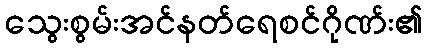
သွေးစွမ်းအင်နတ်ရေစင်ဂိုဏ်း၏